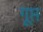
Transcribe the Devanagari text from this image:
गूप्त